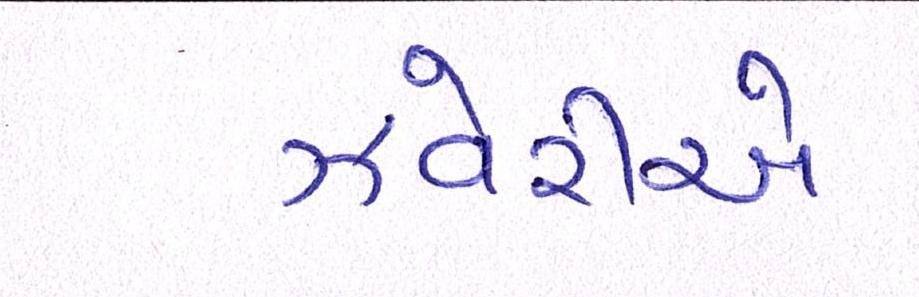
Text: ઝવેરીએ